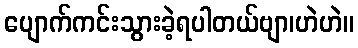
ပျောက်ကင်းသွားခဲ့ရပါတယ်ဗျာ၊ဟဲဟဲ။